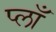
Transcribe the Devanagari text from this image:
प्लाँ